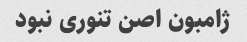
ژامبون اصن تنوری نبود